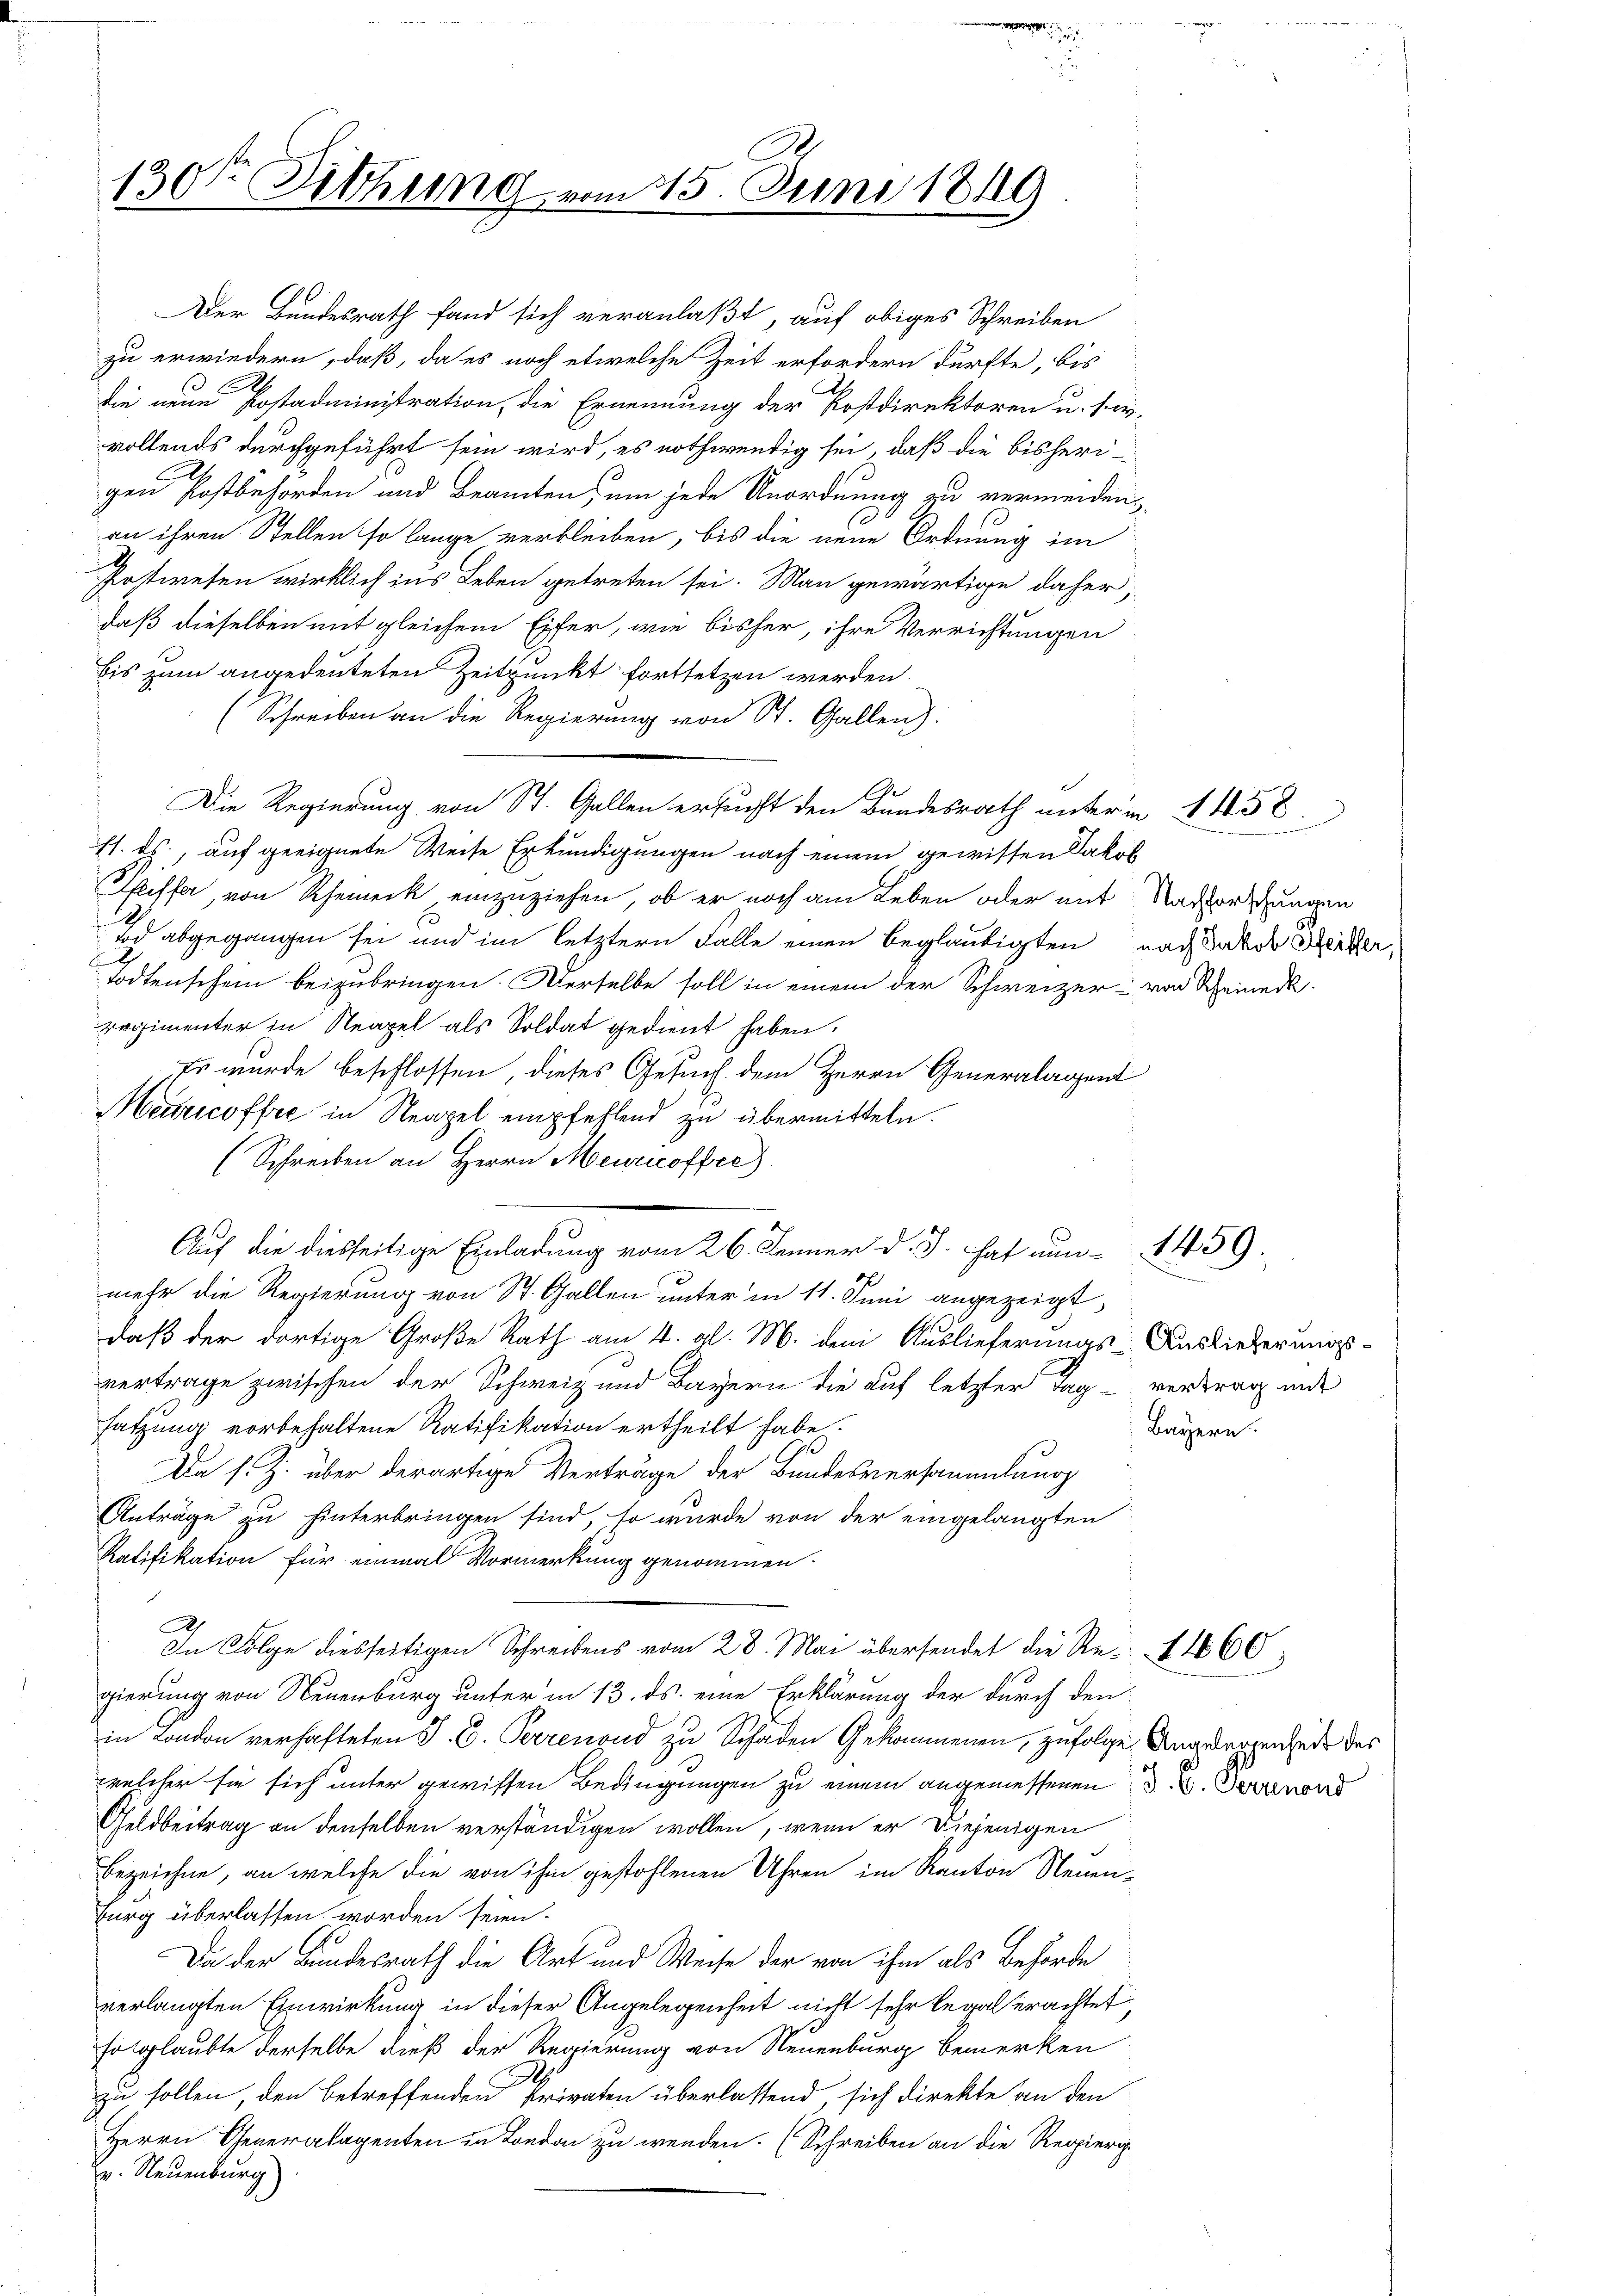
130ten Sitzung vom 15. Juni 1849

Der Bundesrath fand sich veranlaßt, auf obiges Schreiben
zu erwiedern, daß, da es noch etwelche Zeit erfordern dürfte, bis
.
die neue Postadministration, die Ernennung der Kostdirektoren u. s. w.
vollends durchgeführt sein wird, es nothwendig sei, daß die bisheri-
gen Postbehörden und Beamten, um jede Unordnung zu vermeiden,
an ihren Stellen so lange verbleiben, bis die neue Ordnung im
Prtreten wirklich ins Leben getreten sei. Man gewärtige daher,
daß dieselben mit gleichem Eifer, wie bisher, ihre Verrichtungen
bis zum angedeuteten Zeitpunkt fortsetzen werden.
(Schreiben an die Regierung von St. Gallen):
Die Regierung von St. Gallen ersucht den Bundesrath unterm 1 1858.
11. ds., auf geeignete Weise Erkundigungen nach einem gewissen Jakob
Pfeiffer, von Rhemerk einzuziehen, ob er noch am Leben oder mit Nachforschungen
A
tod abgegangen sei und im letztern Falle einen beglaubigten nach oder Dritter,
Todtenschein beizubringen. Derselbe soll in einem der Schweizer von Scheineck.
regimenter in Neapel als Soldat gedient haben.
Es wurde beschlossen, dieses Gesuch dem Herrn Generalagent
Meiricoffre in Neapel empfehlend zu übermitteln.
(Schreiben an Herrn Meuricoffre
mehr die Regierung von St. Gallen unter in 11. Juni angezeigt,
daß der dortige Große Rath am 4. al. M. dem Auslieferungs-Auslieferungsvertrage zwischen der Schweiz und Bayern die auf letzter Tag - vertrag mit
satzung vorbehaltene Ratifikation ertheilt habe.
Da s. Z. über derartige Verträge der Bundesversammlung
Anträge zu hinterbringen sind, so wurde von der eingelangten
Ratifikation für einmal Vormerkung genommen.
2
In Folge diesseitigen Schreibens vom 28. Mai übersendet die Re- 1660
gierung von Neuenburg unter in 13. ds. eine Erklärung der durch den
in London verhafteten J. C. Perrenond zu Schaden Gekommenen, zufolge Anardegrenzende des
welcher sie sich unter gewissen Bedingungen zu einem angemessenen 3. B. Sanens
Geldbeitrag an denselben verständigen wollen, wenn er diejenigen
bezeichne, an welche die von ihm gestohlenen Uhren im Kanton Neuen-
burg überlassen worden seien.
Da der Bundesrath die Art und Weise der von ihm als Behörde
verlangten Einwirkung in dieser Angelegenheit nicht sehr legal erachtet
so glaubte derselbe dieß der Regierung von Neuenburg bemerken
.
zu sollen, den betreffenden Privaten überlassend, sich direkte an den
Herrn Generalagenten in London zu wenden. (Schreiben an die Regierig
. Neuenburg

Auf die diesseitige Einladung vom 26. Jenner d. J. hat nun 1459.

Bayern.